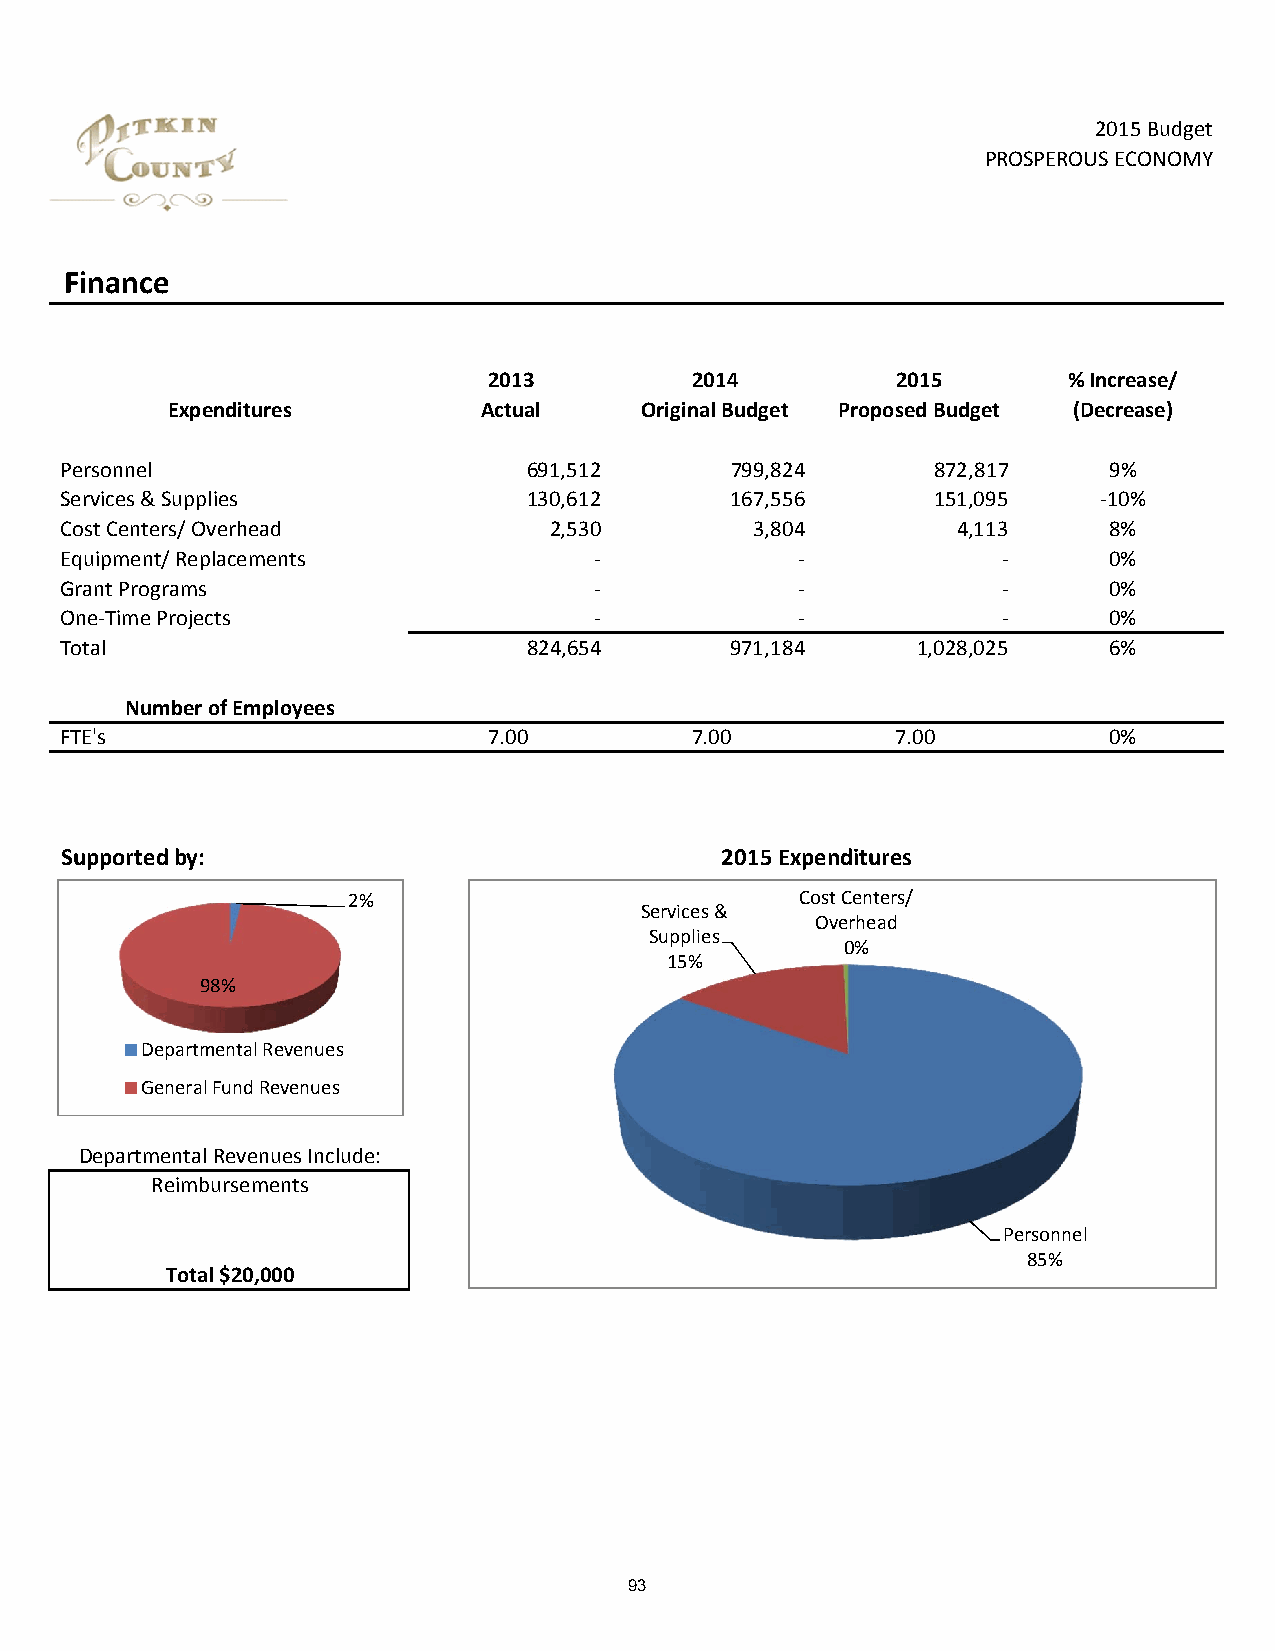
2015 Budget
 PROSPEROUS ECONOMY
 Finance
 2013          2014         2015        % Increase/
 Expenditures         Actual    Original Budget Proposed Budget (Decrease)
 Personnel                      691,512      799,824       872,817    9%
 Services & Supplies            130,612      167,556       151,095    ‐10%
 Cost Centers/ Overhead          2,530         3,804        4,113     8%
 Equipment/ Replacements            ‐             ‐            ‐      0%
 Grant Programs                     ‐             ‐            ‐      0%
 One‐Time Projects                  ‐             ‐            ‐      0%
 Total                          824,654      971,184      1,028,025   6%
 Number of Employees
 FTE's                       7.00          7.00         7.00          0%
 Supported by:                               2015 Expenditures
 2%                            Cost Centers/
 Services &
 Overhead
 Supplies
 0%
 15%
 98%
 Departmental Revenues
 General Fund Revenues
 Departmental Revenues Include:
 Reimbursements
 Personnel
 85%
 Total $20,000
 93